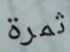
ثمرة